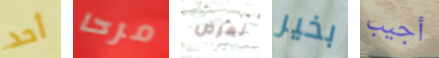
أحد مرحا نعرض بخير أجيب